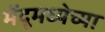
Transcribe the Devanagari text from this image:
मेंदूमध्येच्या